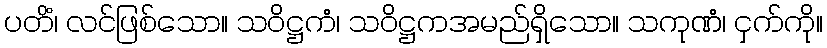
ပတိံ၊ လင်ဖြစ်သော။ သဝိဋ္ဌကံ၊ သဝိဋ္ဌကအမည်ရှိသော။ သကုဏံ၊ ငှက်ကို။